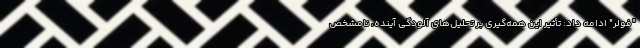
"فولر" ادامه داد: تأثیر این همه‌گیری بر تحلیل‌های آلودگی آینده، نامشخص